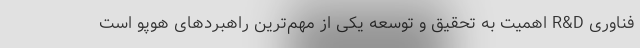
فناوری R&D اهمیت به تحقیق و توسعه یکی از مهم‌ترین راهبردهای هوپو است